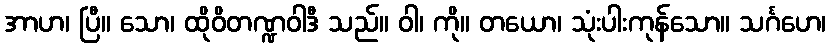
အာဟ၊ ပြီ။ သော၊ ထိုဝိတဏ္ဍဝါဒီ သည်။ ဝါ၊ ကို။ တယော၊ သုံးပါးကုန်သော။ သင်္ဂဟေ၊